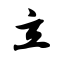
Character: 立